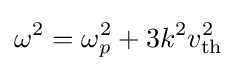
\omega ^{2}=\omega _{p}^{2}+3k^{2}v_{\text{th}}^{2}